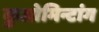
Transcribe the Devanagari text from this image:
कुओमिन्टांग